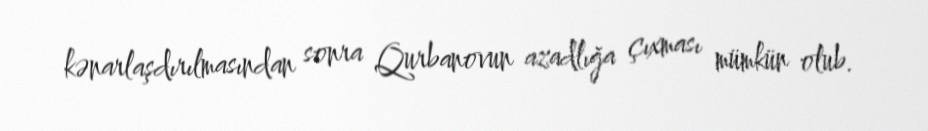
kənarlaşdırılmasından sonra Qurbanovun azadlığa çıxması mümkün olub.